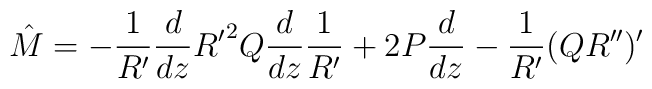
{\hat M} =-\frac{1}{R^{\prime}}\frac{d}{dz}{R^{\prime}}^2Q\frac{d}{dz}\frac{1}{R^{\prime}}+2P\frac{d}{dz}-\frac{1}{R^{\prime}}(QR^{\prime\prime})^{\prime}